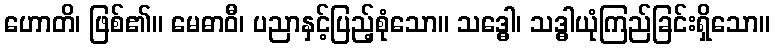
ဟောတိ၊ ဖြစ်၏။ မေဓာဝီ၊ ပညာနှင့်ပြည့်စုံသော။ သဒ္ဓေါ၊ သဒ္ဓါယုံကြည်ခြင်းရှိသော။